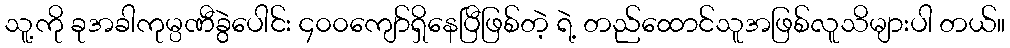
သူ့ကို ခုအခါကုမ္ပဏီခွဲပေါင်း ၄၀၀ကျော်ရှိနေပြီဖြစ်တဲ့ ရဲ့ တည်ထောင်သူအဖြစ်လူသိများပါ တယ်။